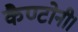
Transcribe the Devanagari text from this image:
कैण्टोनी।